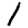
Digit: 1